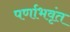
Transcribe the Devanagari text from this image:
पर्णाभवृंत